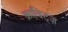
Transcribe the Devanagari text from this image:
क्राविट्ज़